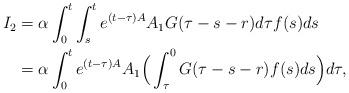
LaTeX: \begin{align*}I_2 &= \alpha\int^t_0\int^{t}_s e^{(t-\tau)A}A_1G(\tau-s-r)d\tau f(s)ds\\&= \alpha\int^t_0 e^{(t-\tau)A}A_1\Big(\int^0_{\tau} G(\tau-s-r)f(s)ds\Big)d\tau,\end{align*}